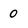
Character: 0